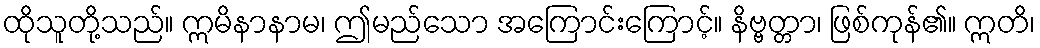
ထိုသူတို့သည်။ ဣမိနာနာမ၊ ဤမည်သော အကြောင်းကြောင့်။ နိဗ္ဗတ္တာ၊ ဖြစ်ကုန်၏။ ဣတိ၊